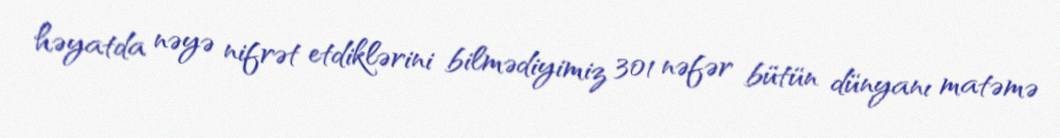
həyatda nəyə nifrət etdiklərini bilmədiyimiz 301 nəfər bütün dünyanı matəmə